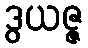
ဒွယဇ္ဇ